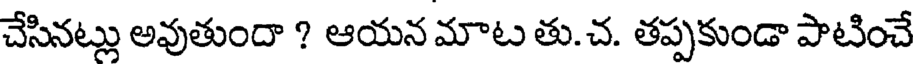
చేసినట్లు అవుతుందా ? ఆయన మాట తు.చ. తప్పకుండా పాటించే